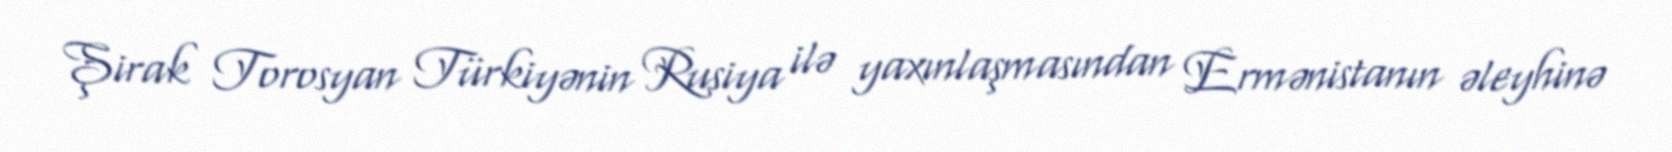
Şirak Torosyan Türkiyənin Rusiya ilə yaxınlaşmasından Ermənistanın əleyhinə